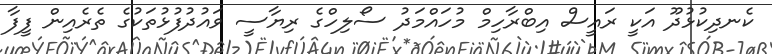
ކެނދިކުޅުދޫ އަކީ ރައީސް އިބްރާހިމް މުހައްމަދު ސޯލިހްގެ ރިޔާސީ ވައުދުފުޅުތަކުގެ ތެރެއިން ފީފާ